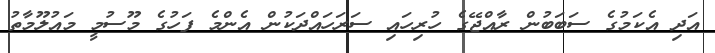
އަދި އެކަމުގެ ސަބަަބުން ރާއްޖޭގެ ހުރިހައި ސަރަހައްދަކުން އެންމެ ފަހުގެ މޫސުމީ މައުލޫމާތު